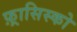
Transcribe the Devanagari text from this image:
फ़्रासिस्को